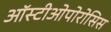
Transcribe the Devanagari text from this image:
ऑस्टीओपोरोसिस